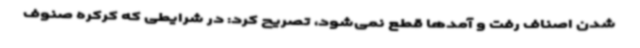
شدن اصناف رفت و آمدها قطع نمی‌شود، تصریح کرد: در شرایطی که کرکره صنوف